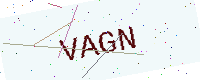
Text: VAGN